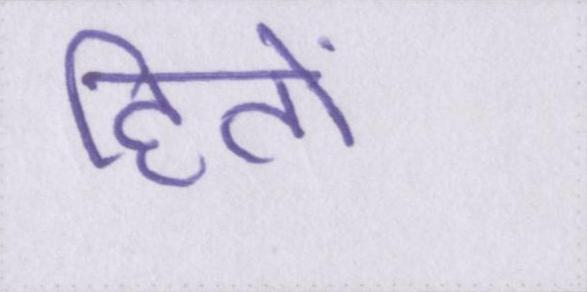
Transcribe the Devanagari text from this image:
हितों